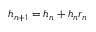
h _ { n + 1 } = h _ { n } + h _ { n } r _ { n }